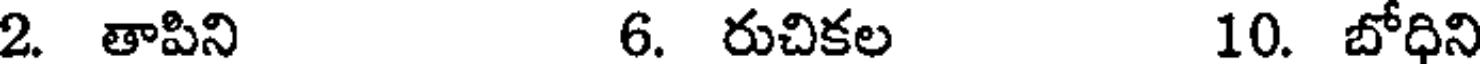
2. తాపిని 6. రుచికల 10. బోధిని